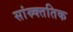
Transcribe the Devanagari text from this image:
सांस्र्क्ततिक